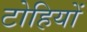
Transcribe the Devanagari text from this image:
टोहियों